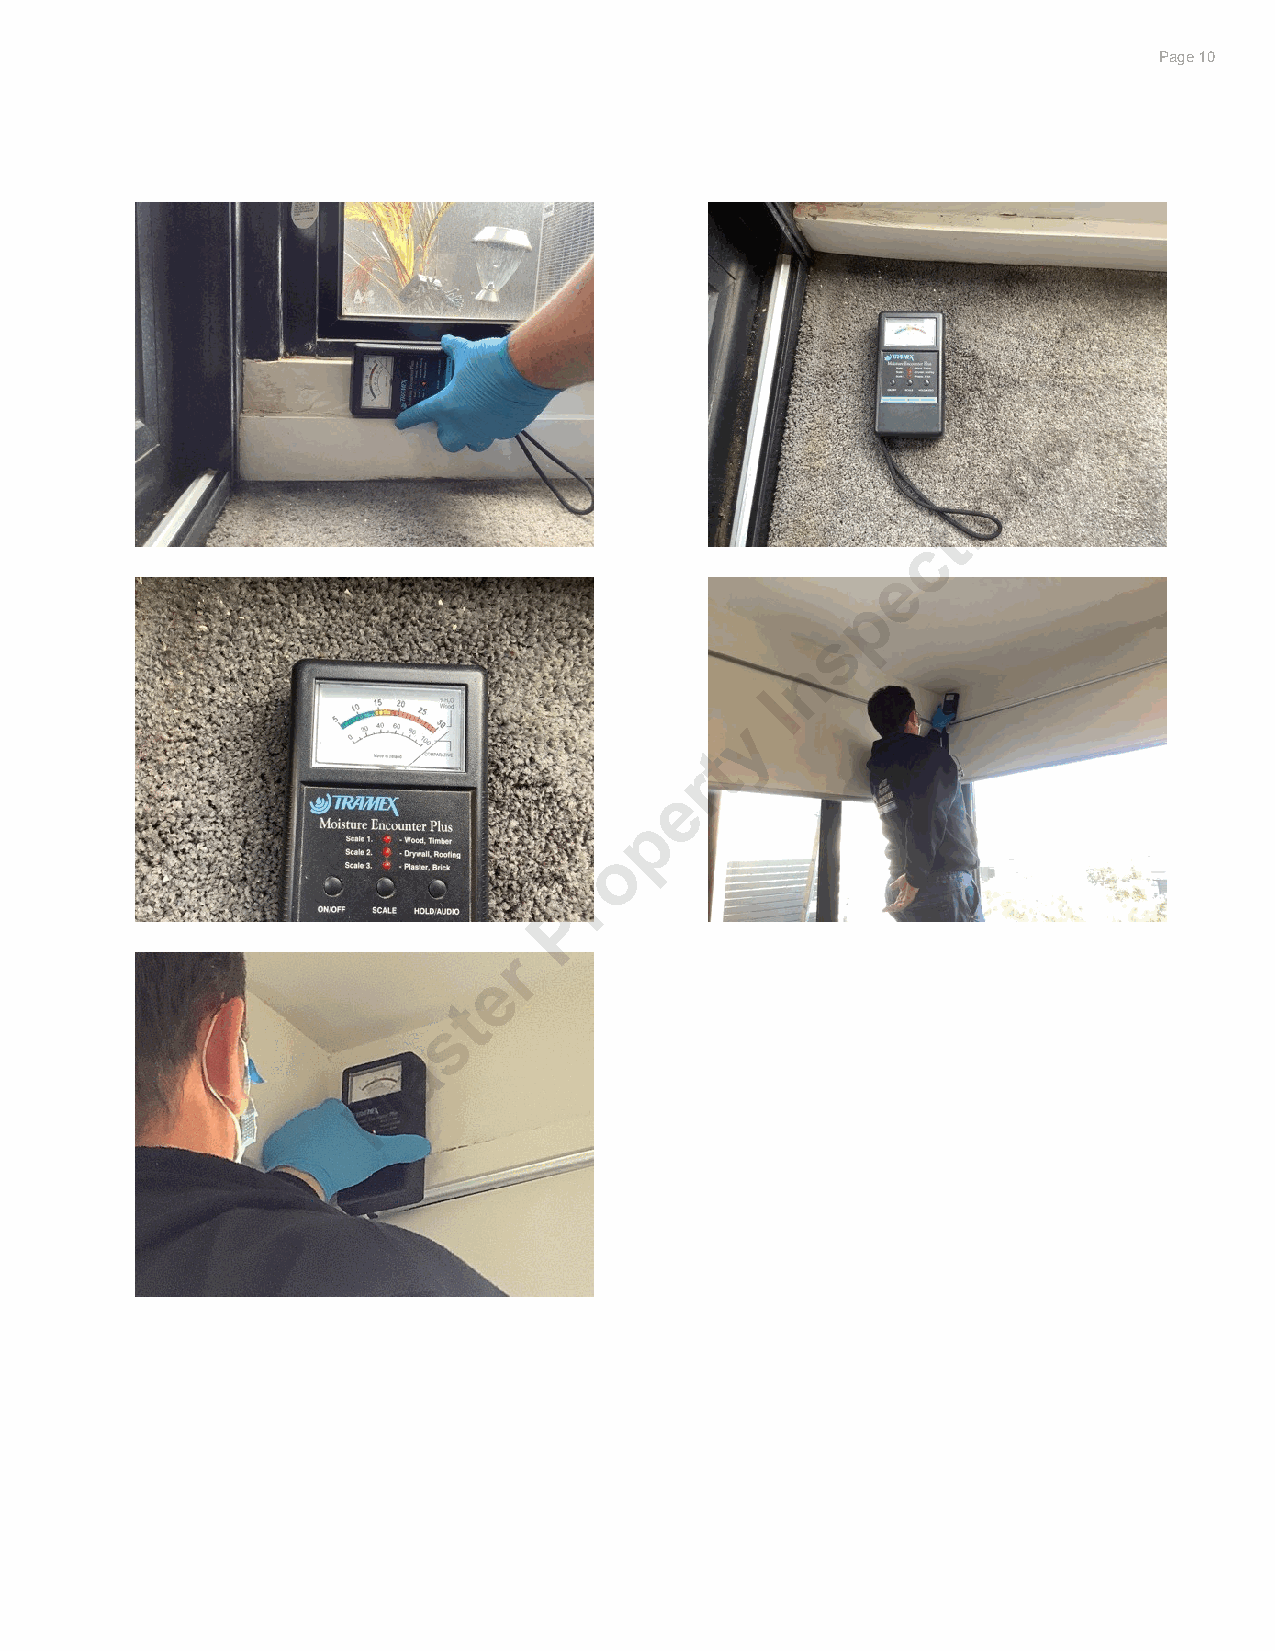
Significant items                                                        PPaaggee 1106
 s
 n
 o
 i
 t
 c
 e
 p
 s
 n
 I
 y
 t
 r
 e
 p
 o
 r
 P
 r
 e
 t
 s
 a
 M